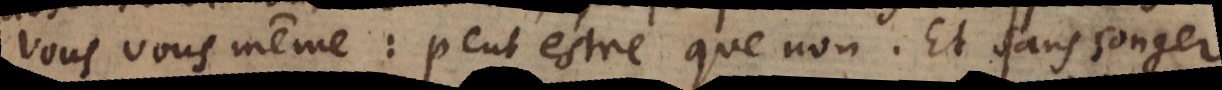
vous vous même: peut estre que non. Et sans songer